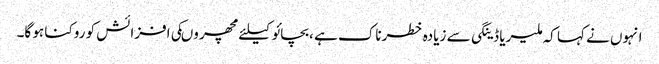
انہوں نے کہا کہ ملیریا ڈینگی سے زیادہ خطرناک ہے ،بچائو کیلئے مچھر وںکی افزائش کو روکنا ہو گا۔